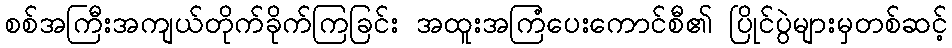
စစ်အကြီးအကျယ်တိုက်ခိုက်ကြခြင်း အထူးအကြံပေးကောင်စီ၏ ပြိုင်ပွဲများမှတစ်ဆင့်